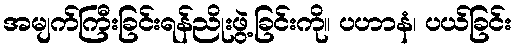
အမျက်ကြီးခြင်းရန်ညိုးဖွဲ့ခြင်းကို။ ပဟာနံ၊ ပယ်ခြင်း